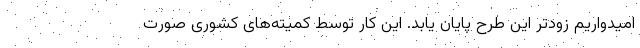
امیدواریم زودتر این طرح پایان یابد. این کار توسط کمیته‌های کشوری صورت